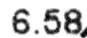
6.58